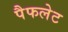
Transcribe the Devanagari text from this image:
पैफलेट